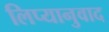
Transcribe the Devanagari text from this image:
लिप्यानुवाद